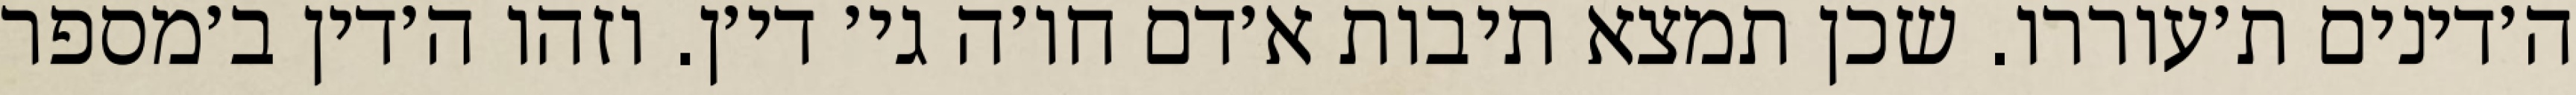
ה׳דינים ת׳עוררו. שכן תמצא תיבות א׳דם חו׳ה גי׳ די׳ן. וזהו ה׳דין ב׳מספר